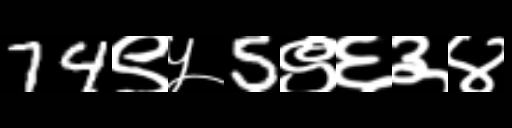
Text: 74९५5९६३४